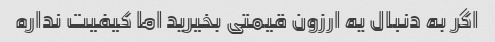
اگر به دنبال یه ارزون قیمتی بخیرید اما کیفیت نداره